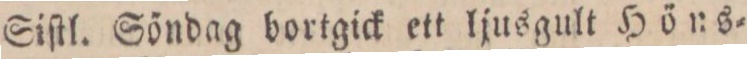
Siſtl. Söndag bortgick ett ljusgult Höns=